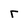
Character: r